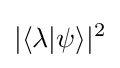
|\langle \lambda |\psi \rangle |^{2}